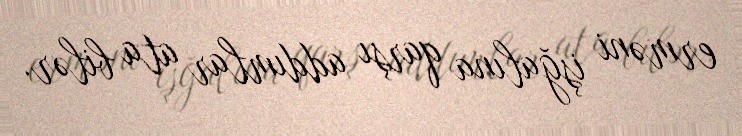
erməni işğalına qarşı addımlar ata bilər.